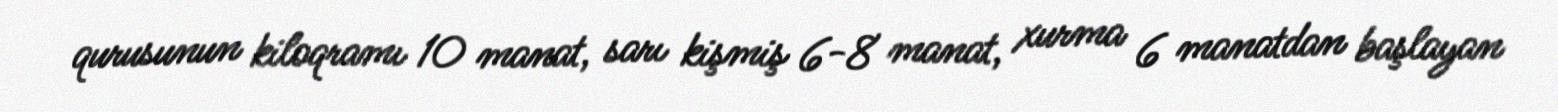
qurusunun kiloqramı 10 manat, sarı kişmiş 6-8 manat, xurma 6 manatdan başlayan